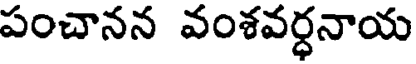
పంచానన వంశవర్ధనాయ